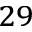
^ { 2 9 }